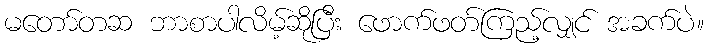
မတော်တဆ ဘာစာပါလိမ့်ဆိုပြီး ဖောက်ဖတ်ကြည့်လျှင် အခက်ပဲ။